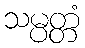
သမ္ပတ္တံ